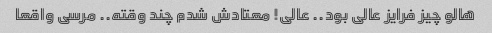
هالو چیز فرایز عالی بود.. عالی! معتادش شدم چند وقته.. مرسی واقعا